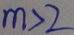
m > 2